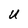
Character: U